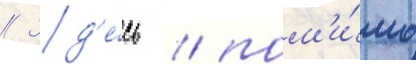
// Зд'е́сь / пом'и́мо